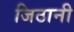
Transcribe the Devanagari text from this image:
जिठानी